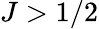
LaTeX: J>1/2